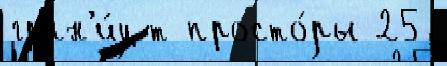
гран'и́ц т просто́ры 25